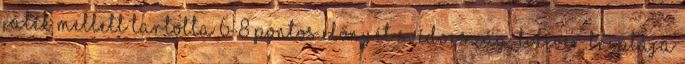
játék mellett tartotta 6-8 pontos előnyét Svédország. Toliver triplája